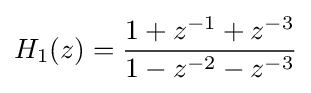
H_{1}(z)={\frac {1+z^{-1}+z^{-3}}{1-z^{-2}-z^{-3}}}